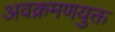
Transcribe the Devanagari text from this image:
अवक्रमणयुक्त